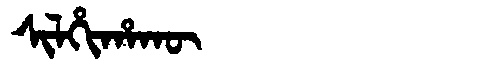
Manchu: ᠰᡳᠯᡥᡳᡥᠠᡴᡡ
Romanization: SILHIHAKŪ